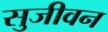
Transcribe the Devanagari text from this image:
सुजीवन